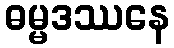
ဓမ္မဒဿနေ